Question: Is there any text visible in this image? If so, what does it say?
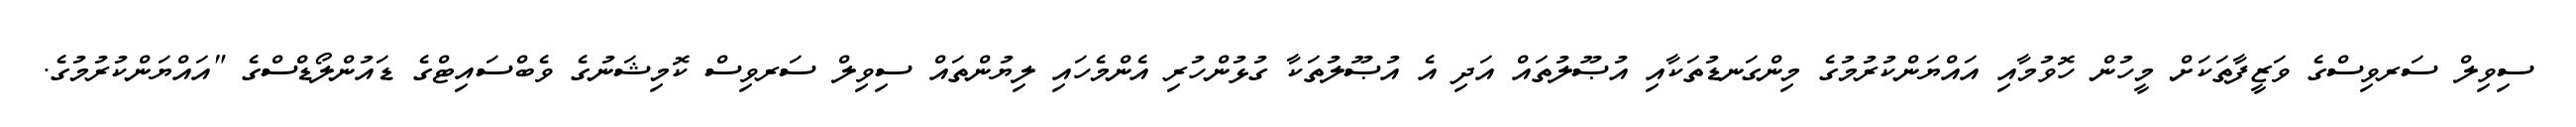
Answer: ސިވިލް ސަރވިސްގެ ވަޒީފާތަކަށް މީހުން ހޮވުމާއި އައްޔަންކުރުމުގެ މިންގަނޑުތަކާއި އުޞޫލުތައް އަދި އެ އުޞޫލުތަކާ ގުޅުންހުރި އެންމެހައި ލިޔުންތައް ސިވިލް ސަރވިސް ކޮމިޝަނުގެ ވެބްސައިޓްގެ ޑައުންލޯޑްސްގެ "އައްޔަންކުރުމުގެ.